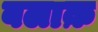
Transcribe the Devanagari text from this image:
बलाक़